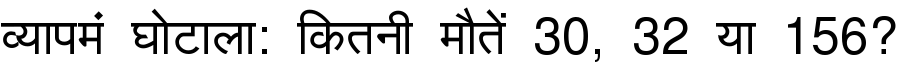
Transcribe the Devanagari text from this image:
व्यापमं घोटाला: कितनी मौतें 30, 32 या 156?